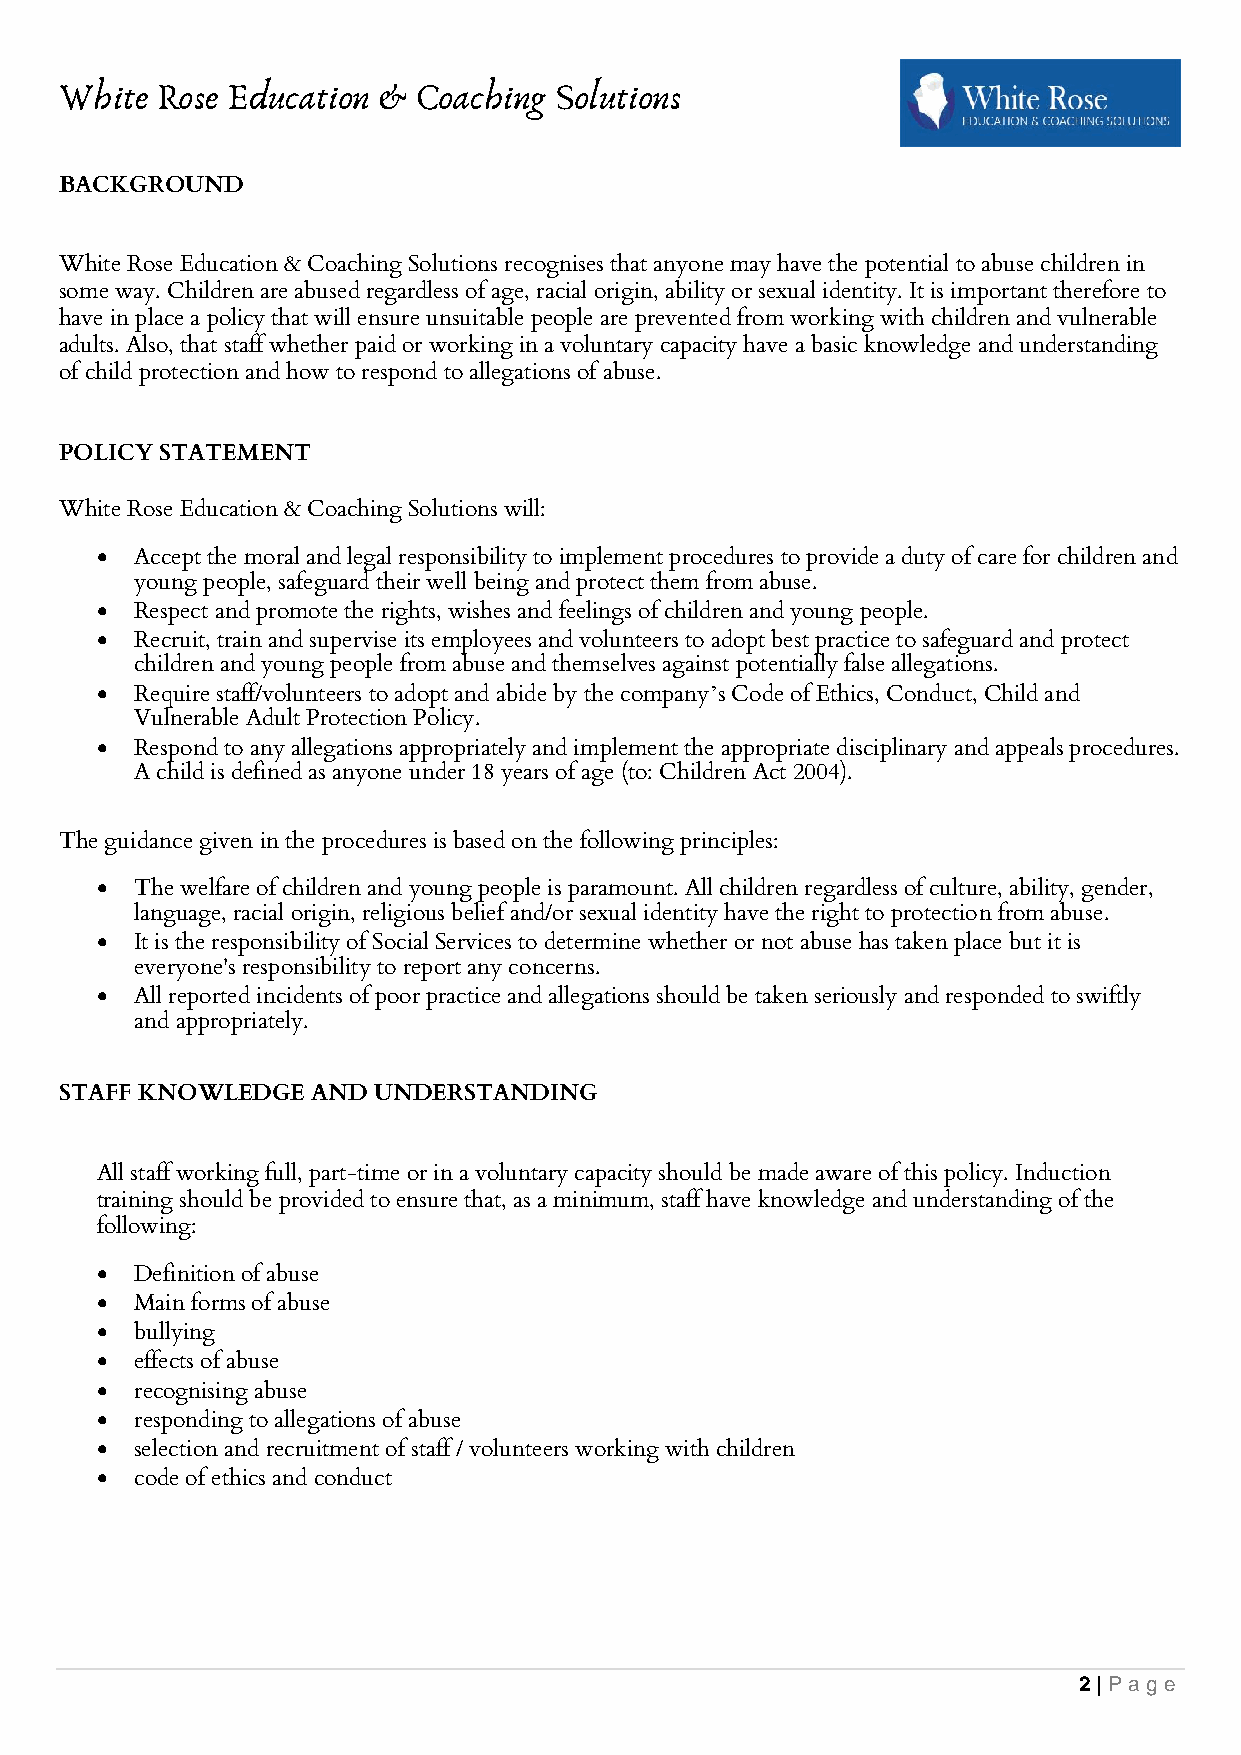
White Rose Education & Coaching  Solutions
 BACKGROUND
 White Rose Education & Coaching Solutions recognises that anyone may have the potential to abuse children in
 some way. Children are abused regardless of age, racial origin, ability or sexual identity. It is important therefore to
 have in place a policy that will ensure unsuitable people are prevented from working with children and vulnerable
 adults. Also, that staff whether paid or working in a voluntary capacity have a basic knowledge and understanding
 of child protection and how to respond to allegations of abuse.
 POLICY STATEMENT
 White Rose Education & Coaching Solutions will:
 •  Accept the moral and legal responsibility to implement procedures to provide a duty of care for children and
 young people, safeguard their well being and protect them from abuse.
 •  Respect and promote the rights, wishes and feelings of children and young people.
 •  Recruit, train and supervise its employees and volunteers to adopt best practice to safeguard and protect
 children and young people from abuse and themselves against potentially false allegations.
 •  Require staff/volunteers to adopt and abide by the company’s Code of Ethics, Conduct, Child and
 Vulnerable Adult Protection Policy.
 •  Respond to any allegations appropriately and implement the appropriate disciplinary and appeals procedures.
 A child is defined as anyone under 18 years of age (to: Children Act 2004).
 The guidance given in the procedures is based on the following principles:
 •  The welfare of children and young people is paramount. All children regardless of culture, ability, gender,
 language, racial origin, religious belief and/or sexual identity have the right to protection from abuse.
 •  It is the responsibility of Social Services to determine whether or not abuse has taken place but it is
 everyone's responsibility to report any concerns.
 •  All reported incidents of poor practice and allegations should be taken seriously and responded to swiftly
 and appropriately.
 STAFF KNOWLEDGE  AND UNDERSTANDING
 All staff working full, part-time or in a voluntary capacity should be made aware of this policy. Induction
 training should be provided to ensure that, as a minimum, staff have knowledge and understanding of the
 following:
 •  Definition of abuse
 •  Main forms of abuse
 •  bullying
 •  effects of abuse
 •  recognising abuse
 •  responding to allegations of abuse
 •  selection and recruitment of staff / volunteers working with children
 •  code of ethics and conduct
 2 | Pag e